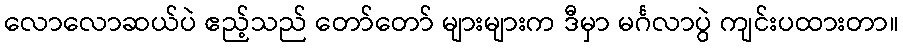
လောလောဆယ်ပဲ ဧည့်သည် တော်တော် များများက ဒီမှာ မင်္ဂလာပွဲ ကျင်းပထားတာ။